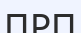
ПРП